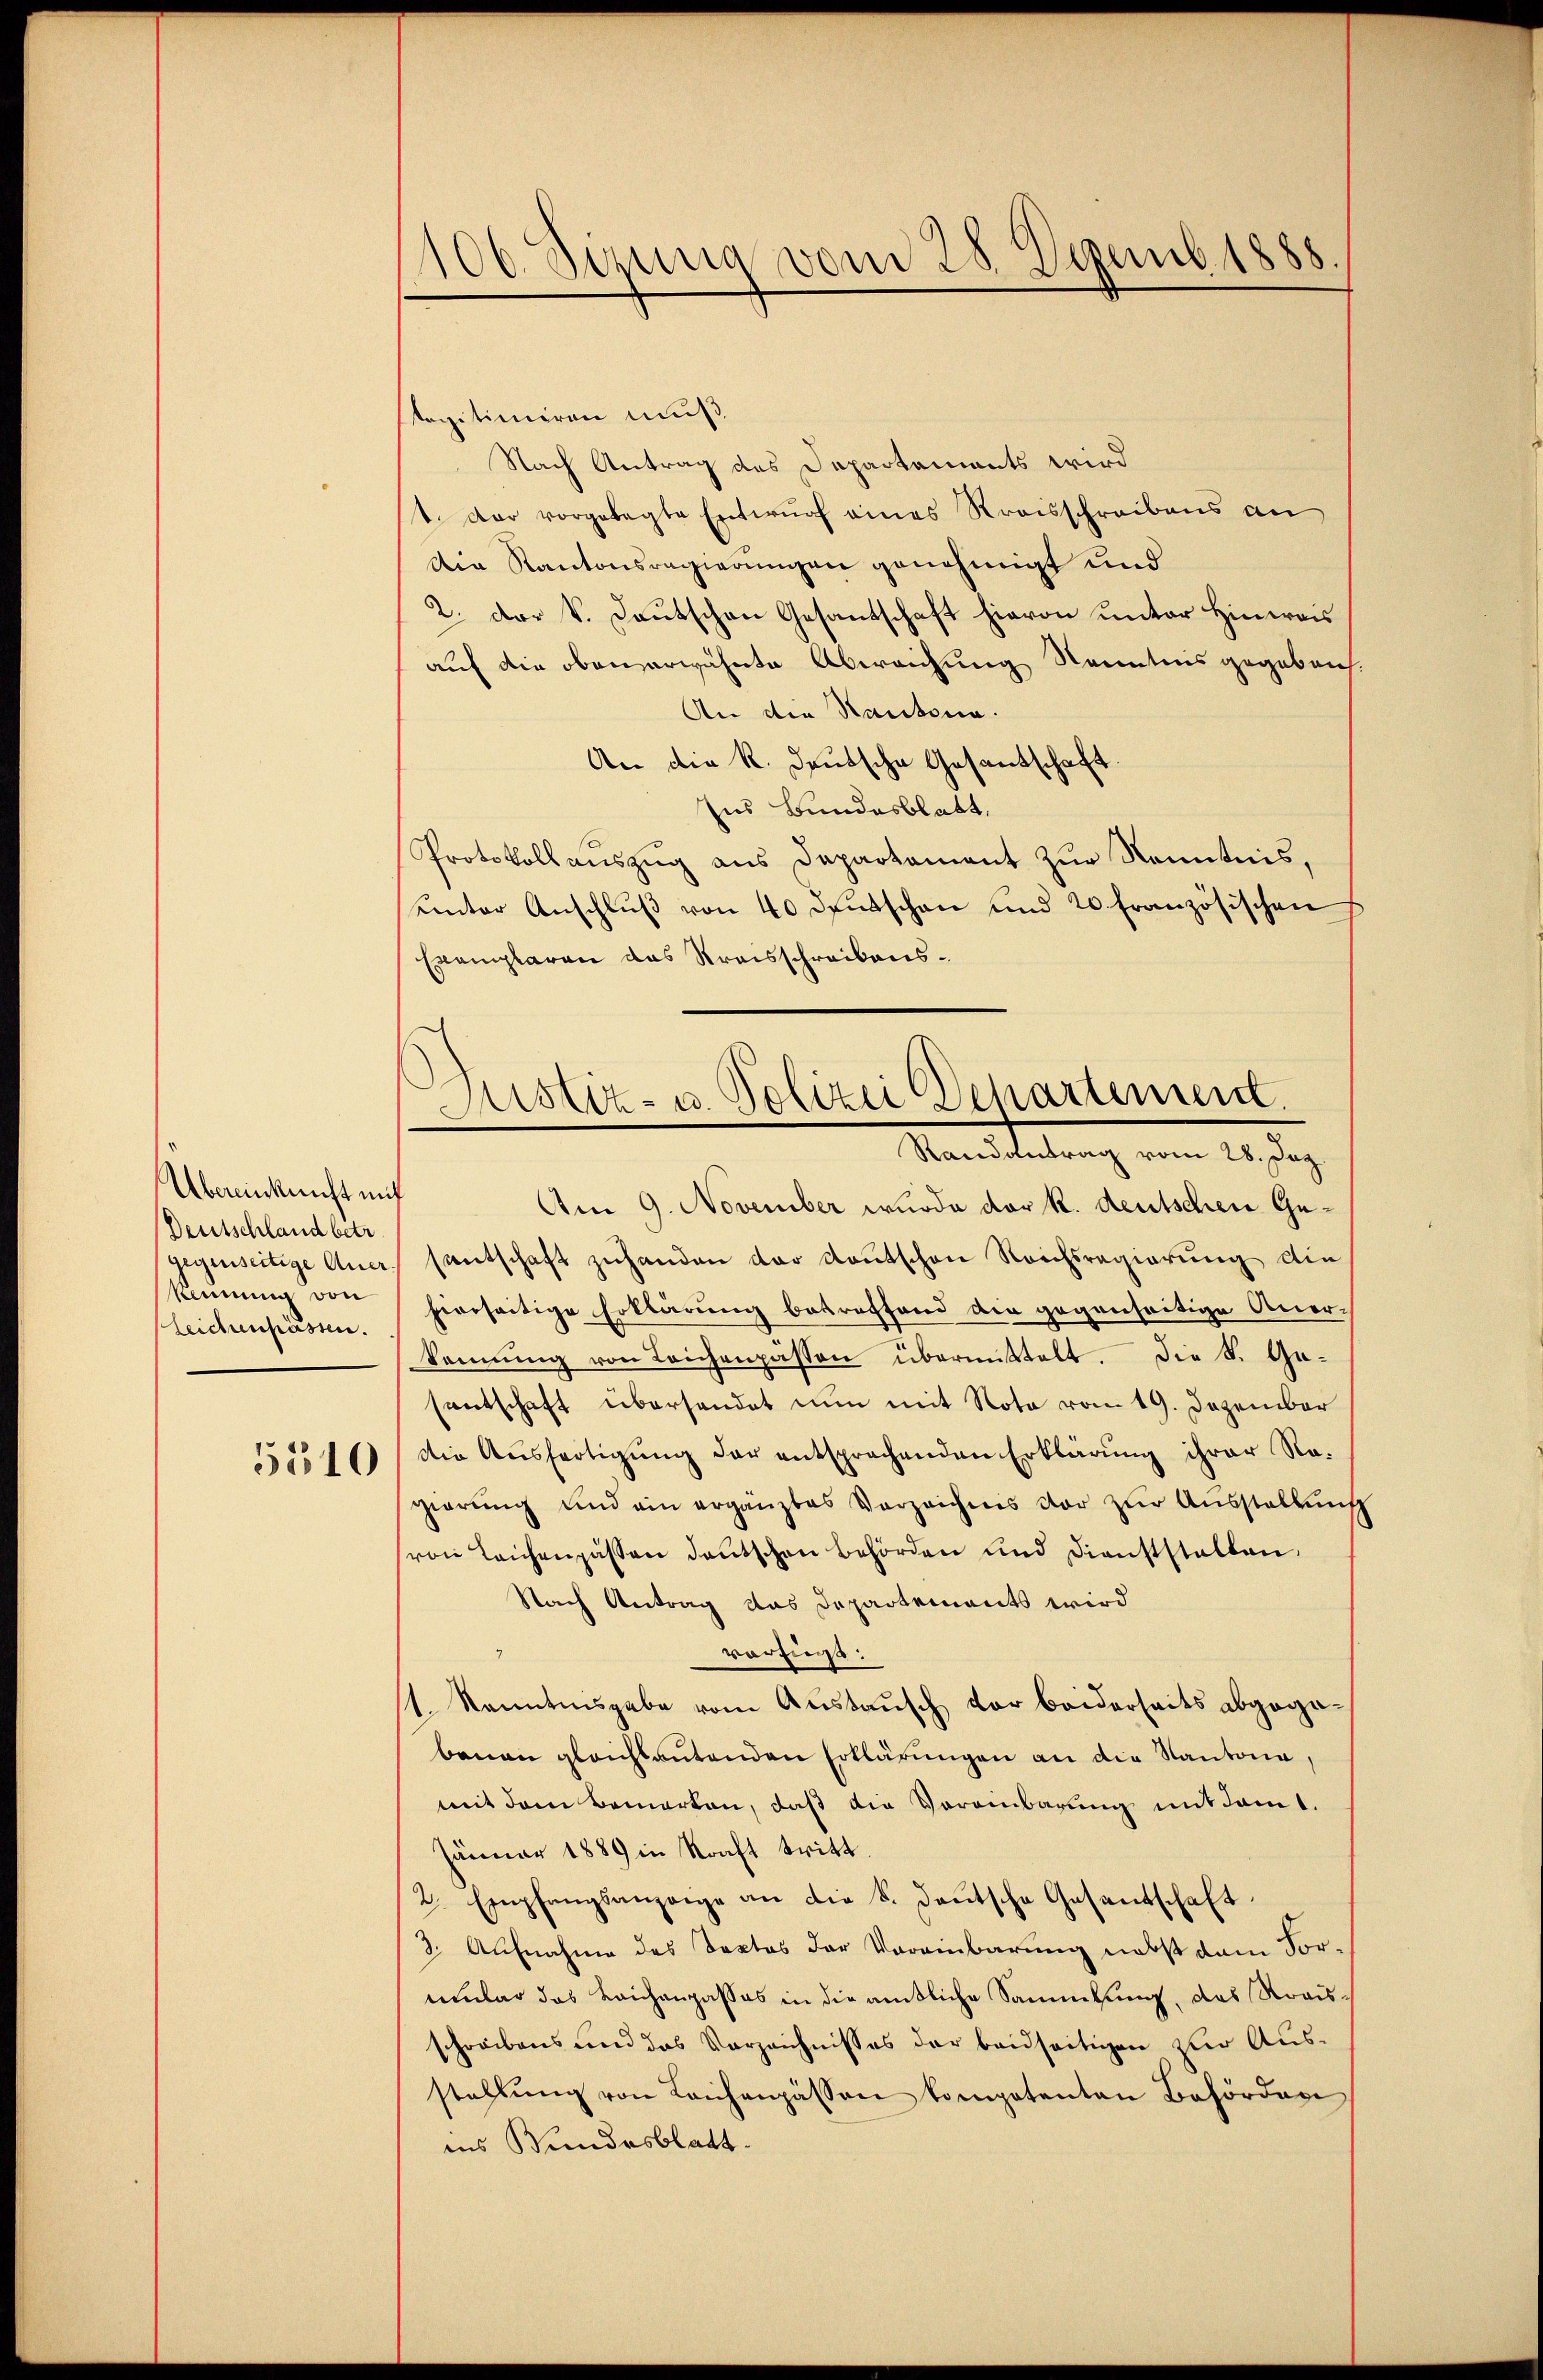
Übereinkunft mit
Deutschland betr.
kennung von
leichenpässen.

5510

100. Sizung vom 28. Dezemb. 1888.

tagitimiren muß
Nach Antrag des Departements wird
1. Der vorgelegte Entwurf eines Kreisschreibens an
Die Kantonsregierungen genehmigt und
2. Der V. Deutschen Gesantschaft hievon unter Hinweis
auf die obenerwähnte Abweichung Kenntnis gegeben.
An die Kantona
An die R. deutsche Gesantschaft.
Ens Bundesblatt
Protokollauszug aus Departament zur Kenntnis,
unter Anschluß von 40 deutschen und 20 französischen
Exemplaren das Kreisschreibens¬
Am 9. November wurde der R. deutschen Gegegenseitige Auer, santschaft zuhanden der Kautschen Reichsregierung die
hierseitige Erklärung betreffend die gegenseitige Anerkennung von Leichenpassen übermittelt. Die S. Gasentschaft übersendet nun mit Nota vom 19. Dezember
die Aŭsfertigŭng der entsprechenden Erklärung ihrer Ra-
gierŭng und ein ergänztes Verzeichnis vor zŭr Aŭsstellung
(von Leichenpassen deutschen Behörden und Dienststalten.
Nach Antrag das Departements wird
vorfugt:
/1. Kanntnisgabe vom Austausch vor beiderseits abgegebenau gleichbautenden Erklärungen an die Kantonia,
mit dem Bemerken, daß die Voreinbarung mit damt.
Jänuar 1889 in Kraft tritt.
2. Empfangsanzeige an die k. deŭtsche Gesandschaft.
3. Aufnahme des Doctos der Vereinbarung nebst dem Vorumlar das Leichengasses in die amtliche Sammlung, das Roaisschreibens und das Verzeichnisses der beidseitigen zur Ausstellŭng von Laichenpässen kompetenten Behörden
ins Bundesblatt.

Justiz- u. Polizei Departement.
Randantrag vom 28. Dez.